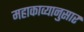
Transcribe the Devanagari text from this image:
महाकाव्यानुसार